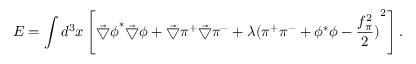
E = \int d ^ { 3 } x \left[ { \vec { \bigtriangledown } \phi } ^ { * } \vec { \bigtriangledown } \phi + \vec { \bigtriangledown } \pi ^ { + } \vec { \bigtriangledown } \pi ^ { - } + \lambda { ( \pi ^ { + } \pi ^ { - } + \phi ^ { * } \phi - \frac { f _ { \pi } ^ { 2 } } { 2 } ) } ^ { 2 } \right] .